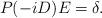
LaTeX: \begin{align*}P(-iD)E=\delta.\end{align*}